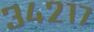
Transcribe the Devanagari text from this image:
३४२१७